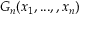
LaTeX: G _ { n } ( x _ { 1 } , . . . , , x _ { n } )